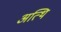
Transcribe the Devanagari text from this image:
अत्थि